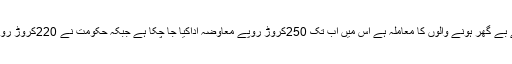
جہاں تک سی برڈ منصوبے سے بے گھر ہونے والوں کا معاملہ ہے اس میں اب تک 250کروڑ روپے معاوضہ اداکیا جا چکا ہے جبکہ حکومت نے 220کروڑ روپے عدالت میں جمع کروائے ہیں۔